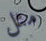
مثل